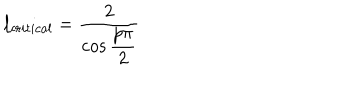
l _ { c r i t i c a l } = \displaystyle \frac { 2 } { \cos \displaystyle \frac { p \pi } { 2 } }